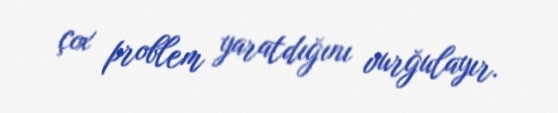
çox problem yaratdığını vurğulayır.